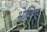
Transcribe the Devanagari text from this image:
भेजिए